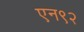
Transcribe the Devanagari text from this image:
एन९२